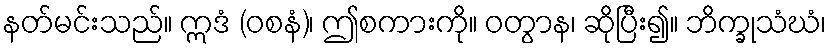
နတ်မင်းသည်။ ဣဒံ (ဝစနံ)၊ ဤစကားကို။ ဝတွာန၊ ဆိုပြီး၍။ ဘိက္ခုသံဃံ၊